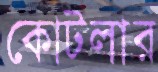
কোটলার